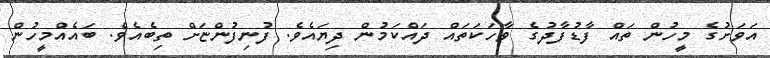
އަވަށުގެ މީހުން ތައް ފާޑުފާދުގެ ވާހަކަތައް ދައްކަމުން ދިޔައެވެ. ފުނިފުންޏަށް ތިބެއެވެ. ބައެއްމީހުން